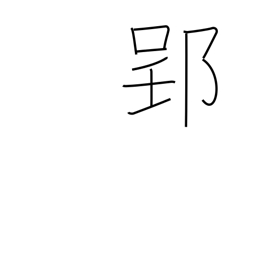
Meaning: place name